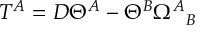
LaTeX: T ^ { A } = D \Theta ^ { A } - \Theta ^ { B } \Omega _ { ~ ~ B } ^ { A }